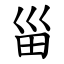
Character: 甾